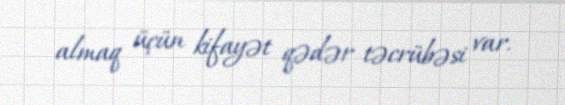
almaq üçün kifayət qədər təcrübəsi var.